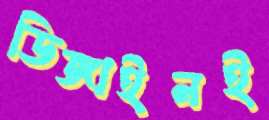
ডিজাইনই